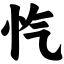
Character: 忾